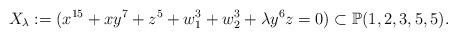
LaTeX: \begin{align*}X_{\lambda}:= (x^{15} +x y^7 + z^5 + w_1^3 +w_2^3 + \lambda y^6 z =0) \subset \mathbb{P}(1,2,3,5,5). \end{align*}